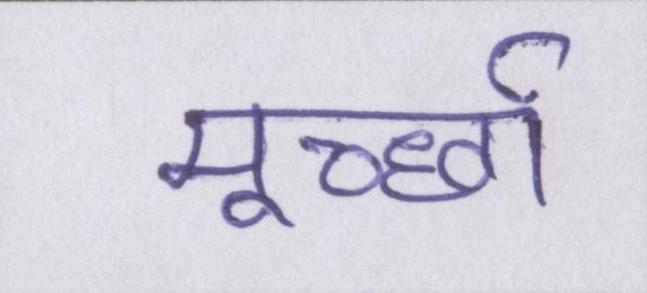
मूर्च्छा